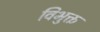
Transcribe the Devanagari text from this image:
विभुक्त